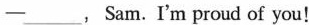
—___ ,Sam. I'm proud of you!